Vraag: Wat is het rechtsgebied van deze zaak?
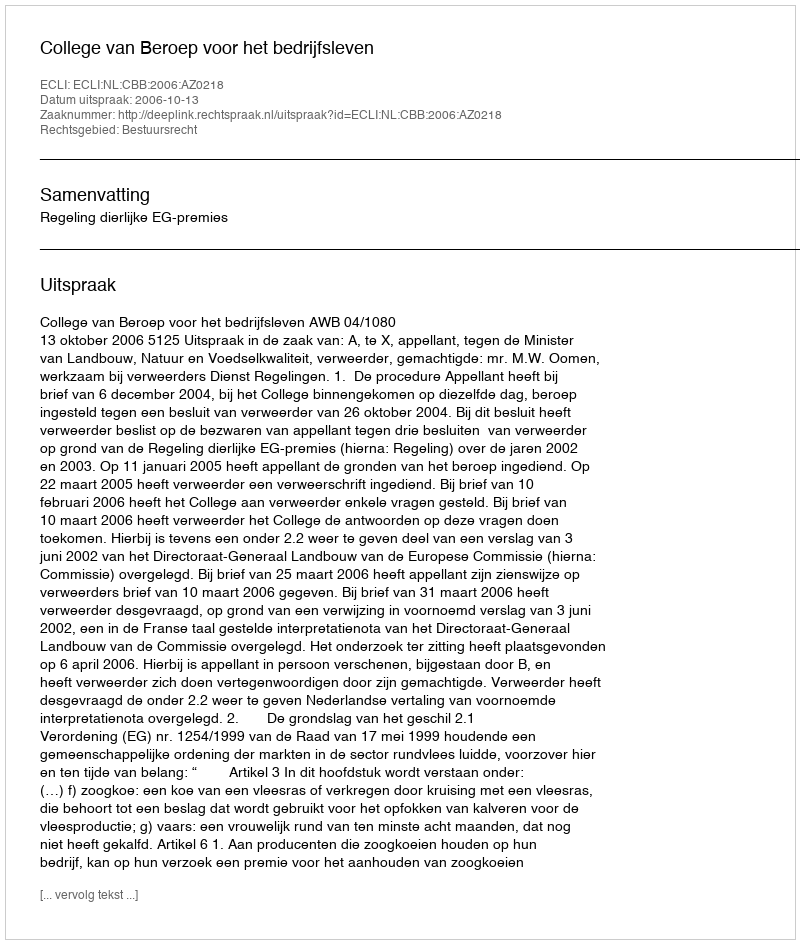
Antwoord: Bestuursrecht